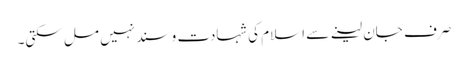
صرف جان لینے سے اسلام کی شہادت و سند نہیں مل سکتی۔